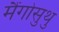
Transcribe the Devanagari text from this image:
मैंगोसुथु